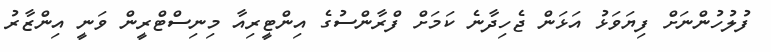
ފުލުހުންނަށް ފިޔަވަޅު އަޅަން ޖެހިދާނެ ކަމަށް ފްރާންސުގެ އިންޓީރިއާ މިނިސްޓްރީން ވަނީ އިންޒާރު